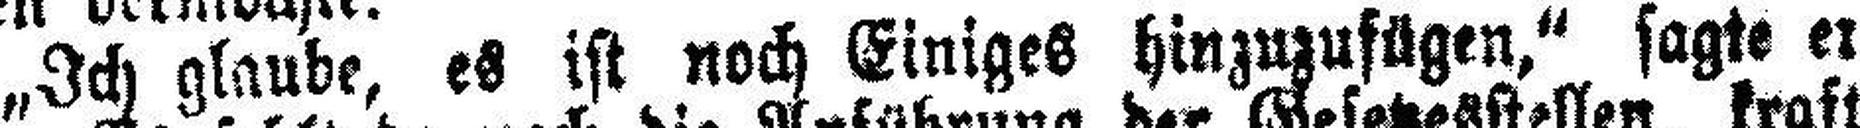
„Ich glaube, es ist noch Einiges hinzuzufügen.“ sagte er